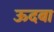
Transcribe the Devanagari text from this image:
ऊदबा